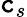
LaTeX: \mathtt{c}_{s}